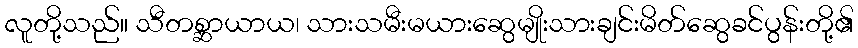
လူတို့သည်။ သီတစ္ဆာယာယ၊ သားသမီးမယားဆွေမျိုးသားချင်းမိတ်ဆွေခင်ပွန်းတို့၏